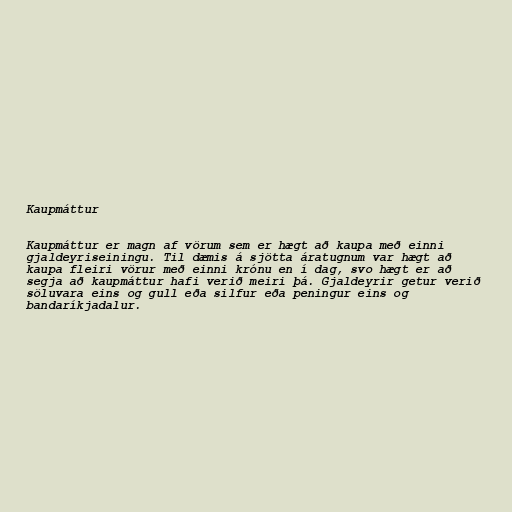
Kaupmáttur

Kaupmáttur er magn af vörum sem er hægt að kaupa með einni
gjaldeyriseiningu. Til dæmis á sjötta áratugnum var hægt að
kaupa fleiri vörur með einni krónu en í dag, svo hægt er að
segja að kaupmáttur hafi verið meiri þá. Gjaldeyrir getur verið
söluvara eins og gull eða silfur eða peningur eins og
bandaríkjadalur.